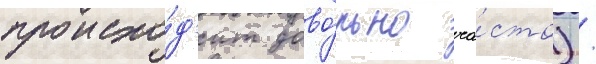
происхо́д'ит дово́льно ча́сто) /